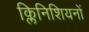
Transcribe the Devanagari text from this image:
क्लिनिशियनों